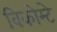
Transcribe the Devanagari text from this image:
विकोम्‍टे